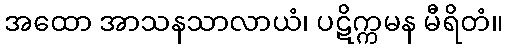
အထော အာသနသာလာယံ၊ ပဋိက္ကမန မီရိတံ။